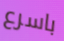
باسرع